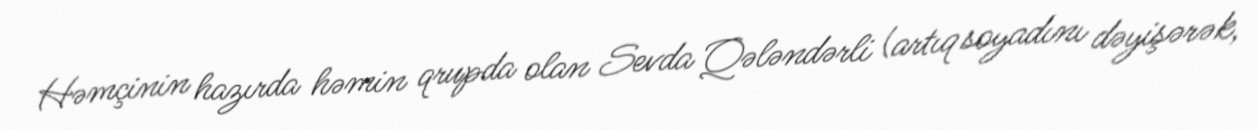
Həmçinin hazırda həmin qrupda olan Sevda Qələndərli (artıq soyadını dəyişərək,